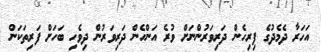
އަހަރާ ދެމެދުގެ ފިރިހެން ދަރިވަރުންނަށް ވުރެ އަންހެން ދަރިވަރުން ދިވެހި ބަހަށް ފަރިތަކަން